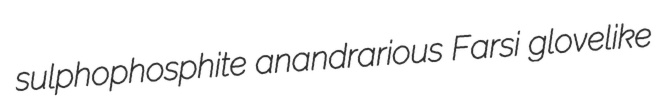
sulphophosphite anandrarious Farsi glovelike